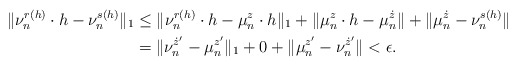
\begin{align*} \|\nu_{n}^{r(h)}\cdot h -\nu_{n}^{s(h)}\|_{1}&\le \|\nu_{n}^{r(h)}\cdot h -\mu_{n}^{z}\cdot h\|_{1}+\| \mu_{n}^{z}\cdot h - \mu_{n}^{\dot z}\| + \|\mu_{n}^{\dot z} - \nu_{n}^{s(h)}\| \\ &= \|\nu_{n}^{\dot z'}-\mu_{n}^{z'}\|_{1}+0+\|\mu_{n}^{z'} - \nu_{n}^{\dot z'}\| <\epsilon. \end{align*}